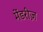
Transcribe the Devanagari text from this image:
मेंडरीज़